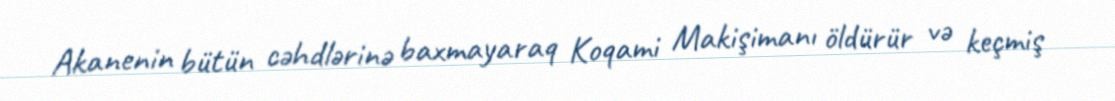
Akanenin bütün cəhdlərinə baxmayaraq Koqami Makişimanı öldürür və keçmiş